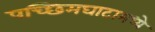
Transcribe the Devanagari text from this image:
पच्छिमघाटामध्ये